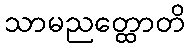
သာမညတ္ထောတိ